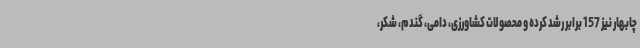
چابهار نیز 157 برابر رشد کرده و محصولات کشاورزی، دامی، گندم، شکر،